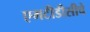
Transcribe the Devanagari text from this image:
एमटीडीसीचे